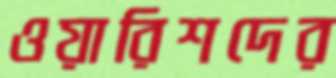
ওয়ারিশদের